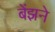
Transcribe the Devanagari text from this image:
बेंझने